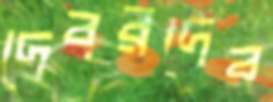
দেবরদের